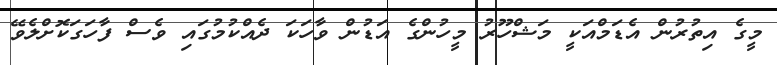
މީގެ އިތުރުން އެޑަމްއަކީ މަޝްހޫރު މީހުންގެ އަޑުން ވާހަކަ ދެއްކުމުގައި ވެސް ފާހަގަކޮށްލެވޭ